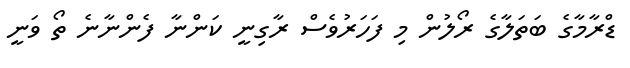
ޑްރާމާގެ ބަތަލާގެ ރޯލުން މި ފަހަރުވެސް ރާގިނީ ކަންނާ ފެންނާނެ ތޯ ވަނީ